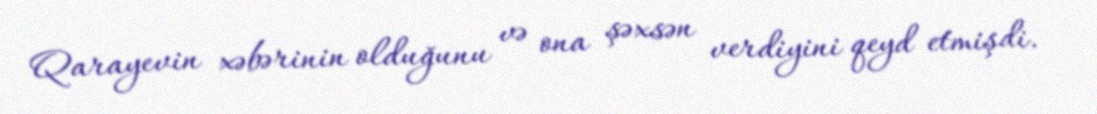
Qarayevin xəbərinin olduğunu və ona şəxsən verdiyini qeyd etmişdi.